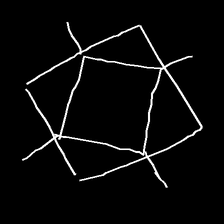
Glyph: light